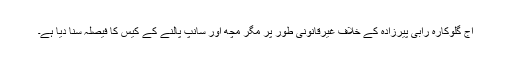
آج گلوکارہ رابی پیرزادہ کے خلاف غیرقانونی طور پر مگر مچھ اور سانپ پالنے کے کیس کا فیصلہ سنا دیا ہے۔